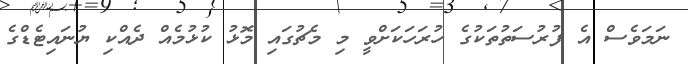
ނަމަވެސް އެ ފުރުސަތުތަކުގެ ހުރަހަކަށްވީ މި މެޗުގައި މޮޅު ކުޅުމެއް ދެއްކި ޔުނައިޓެޑްގެ